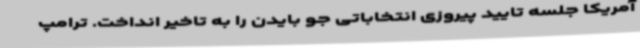
آمریکا جلسه تایید پیروزی انتخاباتی جو بایدن را به تاخیر انداخت. ترامپ